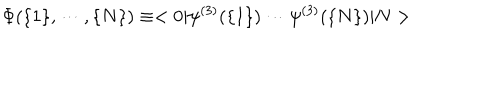
\Phi ( \{ 1 \} , \cdots , \{ N \} ) \equiv < 0 | \psi ^ { ( 3 ) } ( \{ 1 \} ) \cdots \psi ^ { ( 3 ) } ( \{ N \} ) | N >